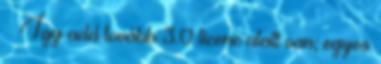
– Így add tovább 3.0 licenc alatt van; egyes